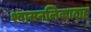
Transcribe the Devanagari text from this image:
श्वासनलिकादाह